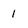
Character: i